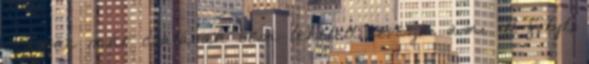
Lassan már csatának sem lehetett nevezni ami itt folyt,